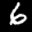
Digit: 6